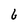
Character: b